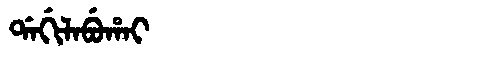
Manchu: ᡩᠠᡤᡳᠯᠠᠪᡠᡥᠠᡳ
Romanization: DAGILABUHAI